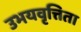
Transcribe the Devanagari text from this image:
उभयवृत्तिता